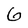
Character: 6